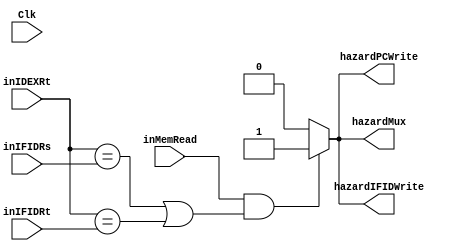
`timescale 1ns / 1ps
//////////////////////////////////////////////////////////////////////////////////
// Company: University of Arizona
// 
// Design Name: 
// Module Name: pipelineIFID
//////////////////////////////////////////////////////////////////////////////////


module hazardUnit(Clk, inMemRead, inIDEXRt, inIFIDRs, inIFIDRt,
                    hazardPCWrite, hazardIFIDWrite, hazardMux);

    input Clk;
    input inMemRead;
    input [4:0] inIDEXRt, inIFIDRs, inIFIDRt;
    
    output reg hazardPCWrite, hazardIFIDWrite, hazardMux; 
    
    // HAZARD CONVENTION: output = 1, hazard detected   output = 0, no hazard 
//    initial begin
//            hazardPCWrite <= 0;
//            hazardIFIDWrite <= 0;
//            hazardMux <= 0;
//    end
    
    always @(*) 
    begin
        // Hazard after Read
        if (inMemRead && ((inIDEXRt == inIFIDRs) || (inIDEXRt == inIFIDRt)))
        begin
            hazardPCWrite = 1;
            hazardIFIDWrite = 1;
            hazardMux = 1;
        end 
        else
        begin
            hazardPCWrite <= 0;
            hazardIFIDWrite <= 0;
            hazardMux <= 0;           
        end
    end
    
    // Read after Write
    // Write after Write
endmodule